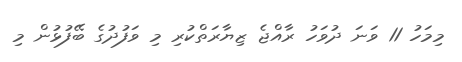
މިމަހު 11 ވަނަ ދުވަހު ރާއްޖެ ޒިޔާރަތްކުރި މި ވަފުދުގެ ބޭފުޅުން މި